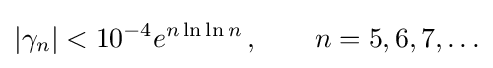
|\gamma _{n}|<10^{-4}e^{n\ln \ln n}\,,\qquad n=5,6,7,\ldots